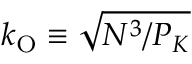
k _ { \mathrm { O } } \equiv \sqrt { N ^ { 3 } / P _ { K } }